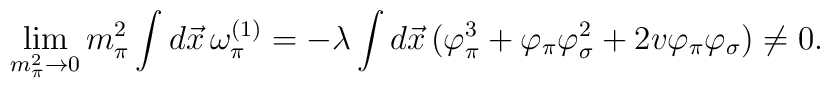
\lim_{m_{\pi}^2\rightarrow 0} m_{\pi}^2\int d \vec{x}\, \omega_{\pi}^{(1)}=-\lambda\int d \vec{x}\, (\varphi_{\pi}^3+\varphi_{\pi}\varphi_{\sigma}^2+2v\varphi_{\pi}\varphi_{\sigma})\ne 0.